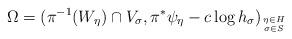
LaTeX: \begin{align*}\Omega=(\pi^{-1}(W_\eta)\cap V_\sigma, \pi^*\psi_\eta-c\log h_\sigma)_{\eta\in H \atop \sigma \in S}\end{align*}